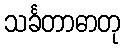
သင်္ခတာဓာတု